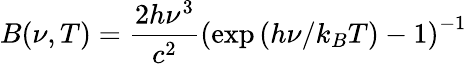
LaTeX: B(\nu,T)=\frac{2h\nu^{3}}{c^{2}}\left(\exp{(h\nu/k_{B}T)}-1\right)^{-1}